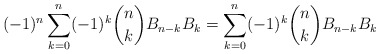
\begin{align*} (-1)^n \sum_{k=0}^n (-1)^k \binom{n}{k} B_{n-k}B_k = \sum_{k=0}^n (-1)^k \binom{n}{k} B_{n-k}B_k \end{align*}